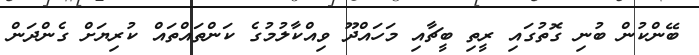
ބޭންކުން ބުނި ގޮތުގައި ރީތި ބީޗާއި މަހައްދޫ ވިއްކާލުމުގެ ކަންތައްތައް ކުރިޔަށް ގެންދަން